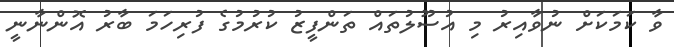
ވާ ކަމަކަށް ނުވާއިރު މި އުސޫލުތައް ތަންފީޒު ކުރުމުގެ ފުރިހަމަ ބާރު އޮންނާނީ